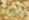
اتيتم